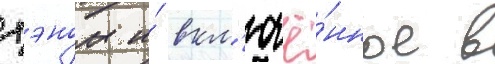
хэном и́ вкл'ючё́нное в